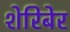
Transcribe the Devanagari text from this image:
शेरिबेर